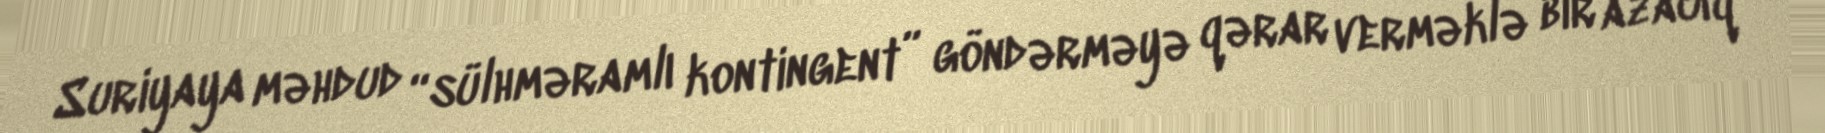
Suriyaya məhdud “sülhməramlı kontingent” göndərməyə qərar verməklə bir azacıq